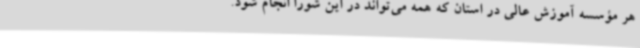
هر مؤسسه آموزش عالی در استان که همه می‌تواند در این شورا انجام شود.